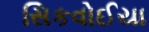
સિકવોઈયા